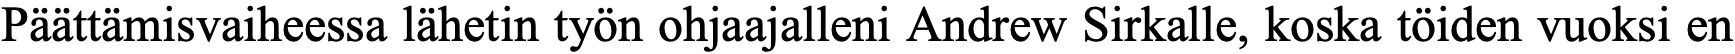
Päättämisvaiheessa lähetin työn ohjaajalleni Andrew Sirkalle, koska töiden vuoksi en